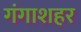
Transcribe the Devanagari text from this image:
गंगाशहर